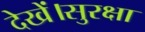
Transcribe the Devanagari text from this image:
देखें।सुरक्षा